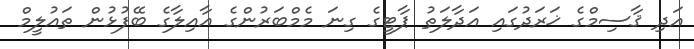
އަދި ޤާސިމްގެ ޚަރަދުގައި އަދާލަތު ޕާޓީގެ ގިނަ މެމްބަރުންގެ އާއިލާގެ ބޭފުޅުން ތައުލީމް